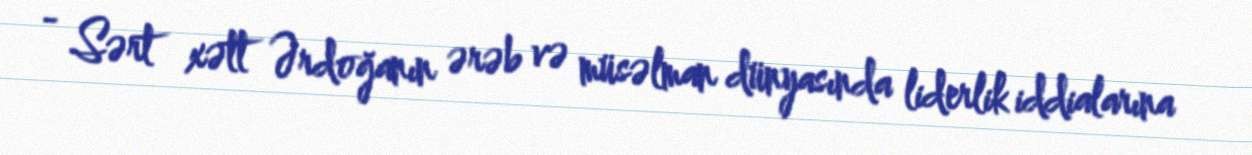
- Sərt xətt Ərdoğanın ərəb və müsəlman dünyasında liderlik iddialarına